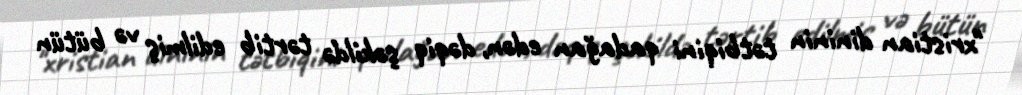
"xristian dininin tətbiqini qadağan edən, dəqiq şəkildə tərtib edilmiş və bütün